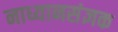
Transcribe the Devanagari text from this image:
नाध्यानसंज्ञक